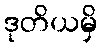
ဒုတိယမှိ